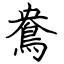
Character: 鴦